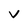
Character: V